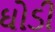
ઘોડી